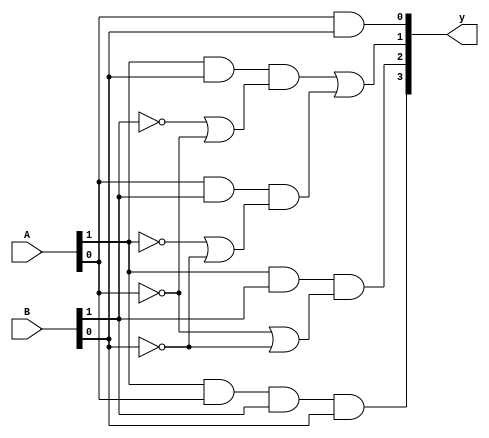
module two_bit_multiplier(A, B, y);
  input [1:0]A;
  input [1:0]B;
  
  output [3:0]y;
  
  
  assign y[0] = A[0]&B[0];
  assign y[1] = A[1]&B[0]&(~B[1] | ~A[0]) | A[0]&B[1]&(~A[1] | ~B[0]);
  assign y[2] = A[1]&B[1]&(~A[0] | ~B[0]);
  assign y[3] = A[1]&A[0]&B[1]&B[0];
endmodule